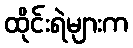
ထိုင်းရဲများက